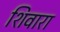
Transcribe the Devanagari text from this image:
शिवारा